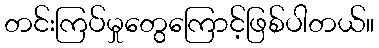
တင်းကြပ်မှုတွေကြောင့်ဖြစ်ပါတယ်။